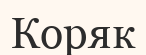
Коряк